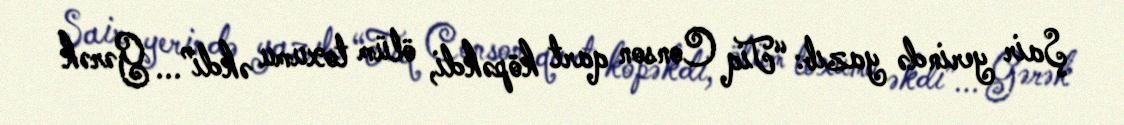
Şair yerində yazıb: “Tiq Conson qart köpəkdi, ölüm toxumu əkdi”... Gərək